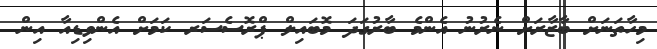
މިހާތަނަށް ބާޒާރަށް ނެރުނު އެންމެ ބާރުގަދަ މޮބައިލް ޕްރޮސެސަރ ކަމަށް އެންވިޑިއާ އިން